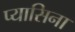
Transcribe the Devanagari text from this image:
प्यासिना